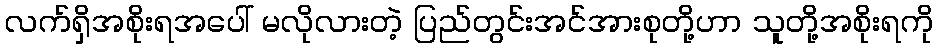
လက်ရှိအစိုးရအပေါ် မလိုလားတဲ့ ပြည်တွင်းအင်အားစုတို့ဟာ သူတို့အစိုးရကို